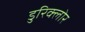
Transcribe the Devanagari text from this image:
डुरिक्लोर